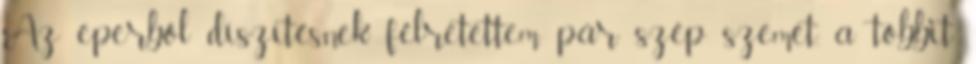
Az eperből díszítésnek félretettem pár szép szemet, a többit